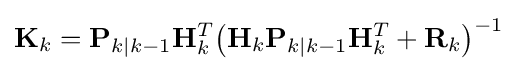
\mathbf {K} _{k}=\mathbf {P} _{k|k-1}\mathbf {H} _{k}^{T}{\bigl (}\mathbf {H} _{k}\mathbf {P} _{k|k-1}\mathbf {H} _{k}^{T}+\mathbf {R} _{k}{\bigr )}^{-1}